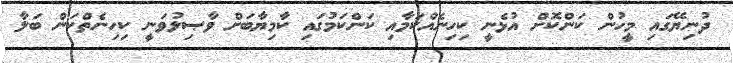
ދުނިޔޭގައި މީހުން ކަންކޮށް އުޅެނީ ކިހިނެއްކަމާއި ކަންކަމުގައި ކާމިޔާބަށް ވާޞިލުވަނީ ކިހިނެތްކަން ބަލާ